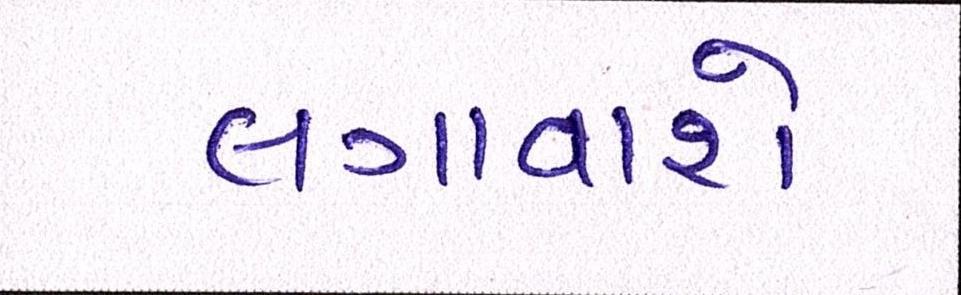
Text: લગાવાશે